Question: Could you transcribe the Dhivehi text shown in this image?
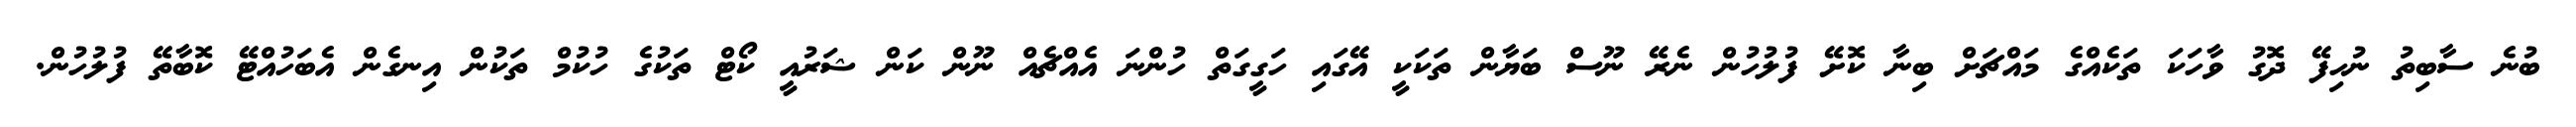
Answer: ބުނެ ސާބިތު ނުހިފޭ ދޮގު ވާހަކަ ތަކެއްގެ މައްޗަށް ބިނާ ކޮށޭ ފުލުހުން ނެރޭ ނޫސް ބަޔާން ތަކަކީ އޭގައި ހަގީގަތް ހުންނަ އެއްޗެއް ނޫން ކަން ޝަރުއީ ކޯޓް ތަކުގެ ހުކުމް ތަކުން އިނގެން އެބަހުއްޓޭ ކޮބާތޭ ފުލުހުން.